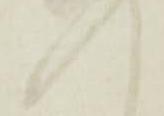
惶